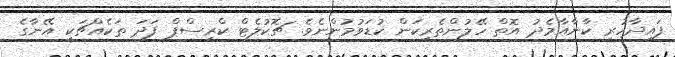
ފައިދާހުރި ކާނާއާމެދު އޮތް ހޭލުންތެރިކަން ކުޑަވުމުންނެވެ. ޗޮކުލެޓް ކްރިސްޕް ފަދަ ތަކެއްޗަކީ އޭނާގެ